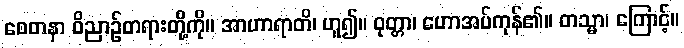
စေတနာ ဝိညာဉ်တရားတို့ကို။ အာဟာရာတိ၊ ဟူ၍။ ဝုတ္တာ၊ ဟောအပ်ကုန်၏။ တသ္မာ၊ ကြောင့်။